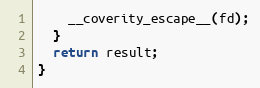
Language: C
    __coverity_escape__(fd);
  }
  return result;
}